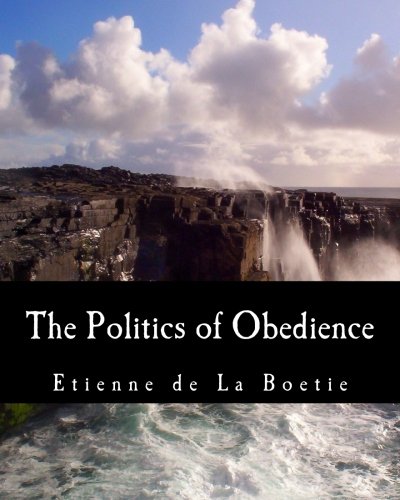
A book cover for The Politics of Obedience: The Discourse of Voluntary Servitude; Etienne de La Boetie; Politics & Social Sciences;